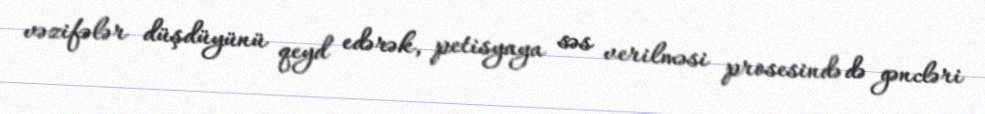
vəzifələr düşdüyünü qeyd edərək, petisyaya səs verilməsi prosesində də gəncləri